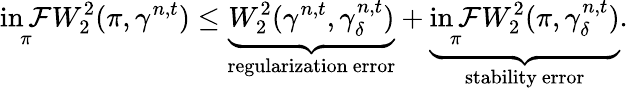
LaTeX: \operatorname*{in\mathcal{F}}_{\pi}W_{2}^{2}(\pi,\gamma^{n,t})\leq\underbrace{{W_{2}^{2}(\gamma^{n,t},\gamma_{\delta}^{n,t})}}_{\mathrm{{regularization~error}}}+\underbrace{{\operatorname*{in\mathcal{F}}_{\pi}W_{2}^{2}(\pi,\gamma_{\delta}^{n,t})}}_{\mathrm{{stability~error}}}.